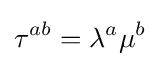
\tau ^{ab}=\lambda ^{a}\mu ^{b}